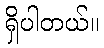
ရှိပါတယ်။